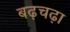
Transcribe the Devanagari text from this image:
बढ़चढ़ा